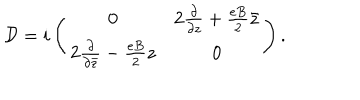
{ \cal D } = i \left( \begin{matrix} { { 0 } } & { { 2 \frac { \partial } { \partial z } + \frac { e B } { 2 } \bar { z } } } \\ { { 2 \frac { \partial } { \partial \bar { z } } - \frac { e B } { 2 } z } } & { { 0 } } \\ \end{matrix} \right) .